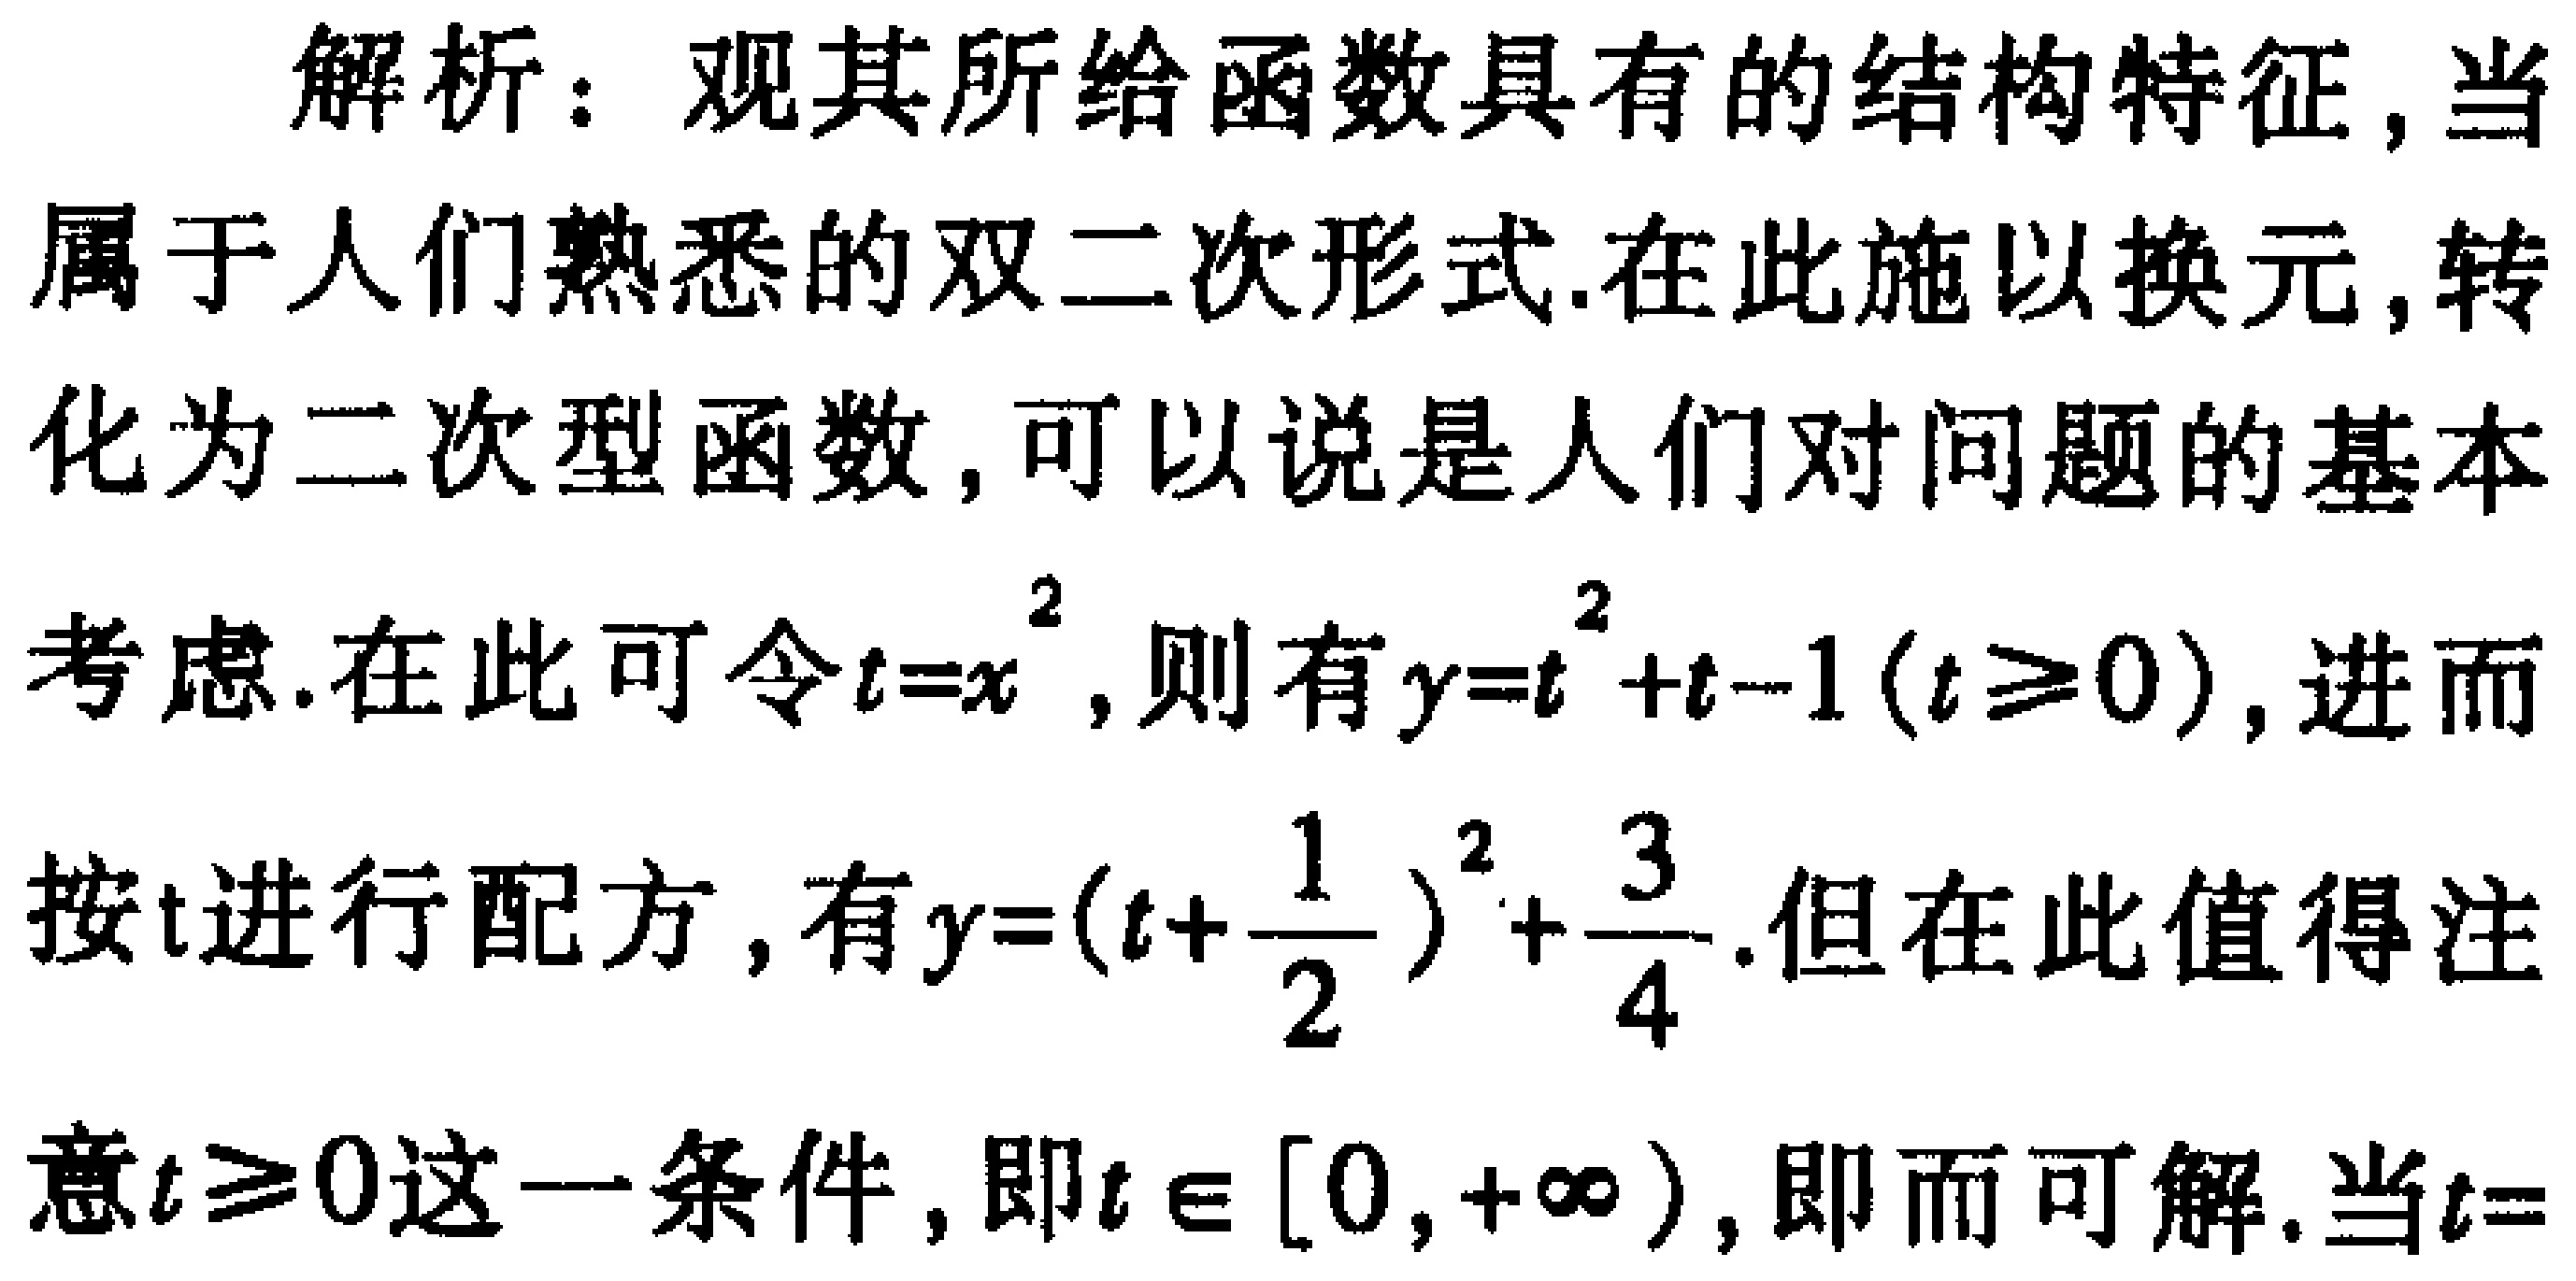
解析：观其所给函数具有的结构特征，当属于人们熟悉的双二次形式.在此施以换元，转化为二次型函数，可以说是人们对问题的基本考虑.在此可令\(t = x^{2}\)，则有\(y = t^{2}+t - 1(t\geq0)\)，进而按\(t\)进行配方，有\(y=(t + \frac{1}{2})^{2}+\frac{3}{4}\).但在此值得注意\(t\geq0\)这一条件，即\(t\in[0,+\infty)\)，即而可解.当\(t =\)